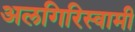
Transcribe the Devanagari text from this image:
अलगिरिस्वामी